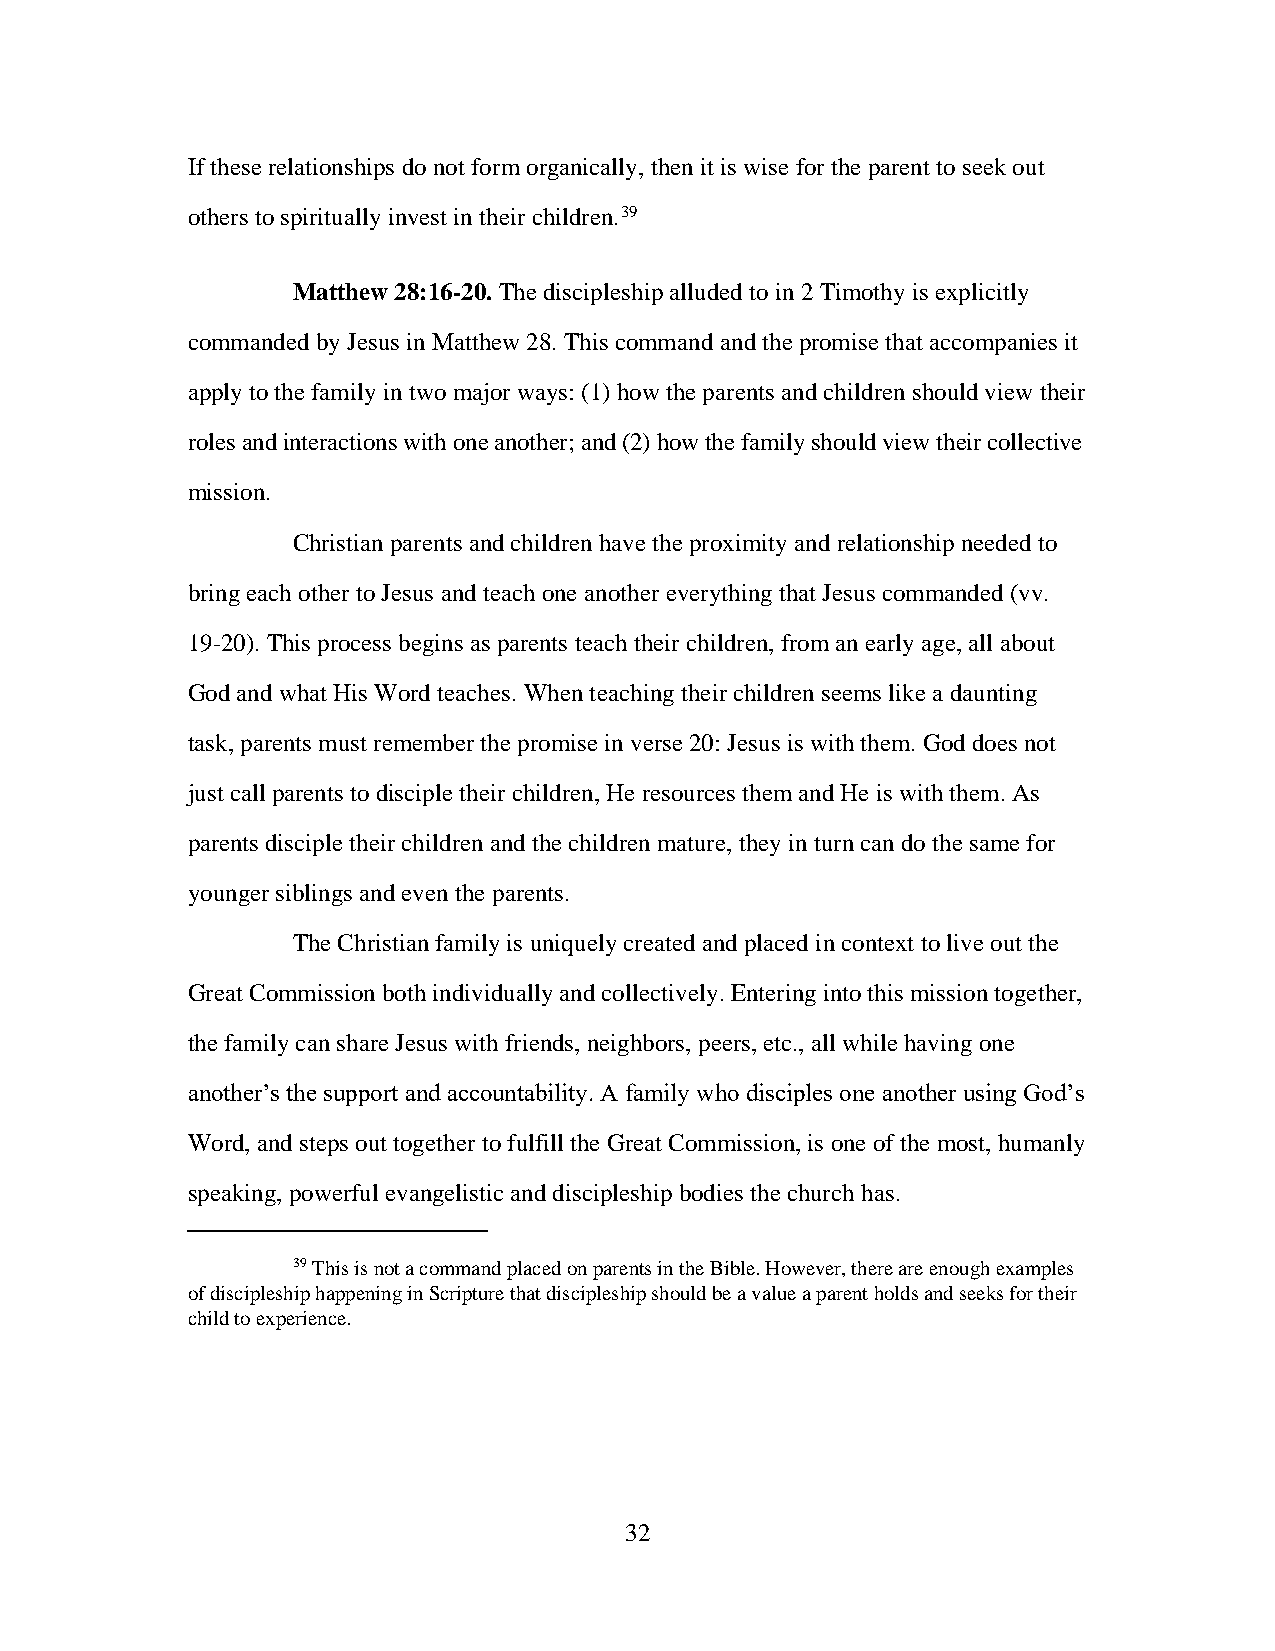
If these relationships do not form organically, then it is wise for the parent to seek out
 others to spiritually invest in their children.39
 Matthew 28:16-20. The discipleship alluded to in 2 Timothy is explicitly
 commanded by Jesus in Matthew 28. This command and the promise that accompanies it
 apply to the family in two major ways: (1) how the parents and children should view their
 roles and interactions with one another; and (2) how the family should view their collective
 mission.
 Christian parents and children have the proximity and relationship needed to
 bring each other to Jesus and teach one another everything that Jesus commanded (vv.
 19-20). This process begins as parents teach their children, from an early age, all about
 God and what His Word teaches. When teaching their children seems like a daunting
 task, parents must remember the promise in verse 20: Jesus is with them. God does not
 just call parents to disciple their children, He resources them and He is with them. As
 parents disciple their children and the children mature, they in turn can do the same for
 younger siblings and even the parents.
 The Christian family is uniquely created and placed in context to live out the
 Great Commission both individually and collectively. Entering into this mission together,
 the family can share Jesus with friends, neighbors, peers, etc., all while having one
 another’s the support and accountability. A family who disciples one another using God’s
 Word, and steps out together to fulfill the Great Commission, is one of the most, humanly
 speaking, powerful evangelistic and discipleship bodies the church has.
 39 This is not a command placed on parents in the Bible. However, there are enough examples
 of discipleship happening in Scripture that discipleship should be a value a parent holds and seeks for their
 child to experience.
 32